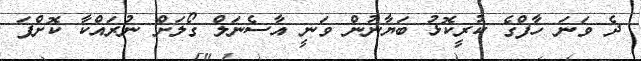
ދެ ވަނަ ހާފްގެ ކުރީކޮޅު ބަޔާނުން ވަނީ އާސެނަލް ގޯލަށް ނުރައްކާ ކޮށްފަ